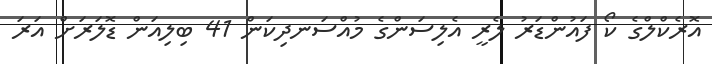
އޮރެކްލްގެ ކޯ ފައުންޑަރު ލެރީ އެލިސަންގެ މުއްސަނދިކަން 41 ބިލިއަން ޑޮލަރަށް އަރަ